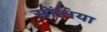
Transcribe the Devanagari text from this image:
सोंनिया